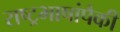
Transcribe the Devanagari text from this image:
राष्ट्रभाषांपैकी